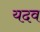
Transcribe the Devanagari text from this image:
यदव